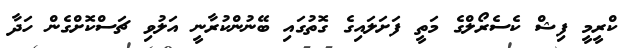
ކްރީމީ ފިޝް ކެސެރޯލްގެ މަތީ ފަށަލައިގެ ގޮތުގައި ބޭނުންކުރާނީ އަލުވި ޗަސްކޮށްގެން ހަދާ